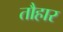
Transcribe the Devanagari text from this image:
तौहार